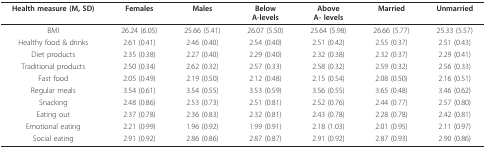
<table><thead><tr><td><b>Health measure (M, SD)</b></td><td><b>Females</b></td><td><b>Males</b></td><td><b>BelowA-levels</b></td><td><b>AboveA- levels</b></td><td><b>Married</b></td><td><b>Unmarried</b></td></tr></thead><tbody><tr><td>BMI</td><td>26.24 (6.05)</td><td>25.66 (5.41)</td><td>26.07 (5.50)</td><td>25.64 (5.98)</td><td>26.66 (5.77)</td><td>25.33 (5.57)</td></tr><tr><td>Healthy food &amp; drinks</td><td>2.61 (0.41)</td><td>2.46 (0.40)</td><td>2.54 (0.40)</td><td>2.51 (0.42)</td><td>2.55 (0.37)</td><td>2.51 (0.43)</td></tr><tr><td>Diet products</td><td>2.35 (0.38)</td><td>2.27 (0.40)</td><td>2.29 (0.40)</td><td>2.32 (0.38)</td><td>2.32 (0.37)</td><td>2.29 (0.41)</td></tr><tr><td>Traditional products</td><td>2.50 (0.34)</td><td>2.62 (0.32)</td><td>2.57 (0.33)</td><td>2.58 (0.32)</td><td>2.59 (0.32)</td><td>2.56 (0.33)</td></tr><tr><td>Fast food</td><td>2.05 (0.49)</td><td>2.19 (0.50)</td><td>2.12 (0.48)</td><td>2.15 (0.54)</td><td>2.08 (0.50)</td><td>2.16 (0.51)</td></tr><tr><td>Regular meals</td><td>3.54 (0.61)</td><td>3.54 (0.55)</td><td>3.53 (0.59)</td><td>3.56 (0.55)</td><td>3.65 (0.48)</td><td>3.46 (0.62)</td></tr><tr><td>Snacking</td><td>2.48 (0.86)</td><td>2.53 (0.73)</td><td>2.51 (0.81)</td><td>2.52 (0.76)</td><td>2.44 (0.77)</td><td>2.57 (0.80)</td></tr><tr><td>Eating out</td><td>2.37 (0.78)</td><td>2.36 (0.83)</td><td>2.32 (0.81)</td><td>2.43 (0.78)</td><td>2.28 (0.78)</td><td>2.42 (0.81)</td></tr><tr><td>Emotional eating</td><td>2.21 (0.99)</td><td>1.96 (0.92)</td><td>1.99 (0.91)</td><td>2.18 (1.03)</td><td>2.01 (0.95)</td><td>2.11 (0.97)</td></tr><tr><td>Social eating</td><td>2.91 (0.92)</td><td>2.86 (0.86)</td><td>2.87 (0.87)</td><td>2.91 (0.92)</td><td>2.87 (0.93)</td><td>2.90 (0.86)</td></tr></tbody></table>